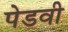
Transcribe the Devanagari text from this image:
पेडवी